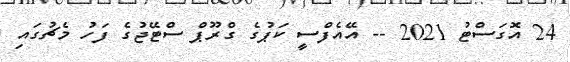
24 އޮގަސްޓު 2021 -- އޭއެފްސީ ކަޕުގެ ގްރޫޕް ސްޓޭޖުގެ ފަހު މެޗުގައި